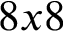
8 x 8